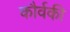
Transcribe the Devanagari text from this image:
कौर्वकी